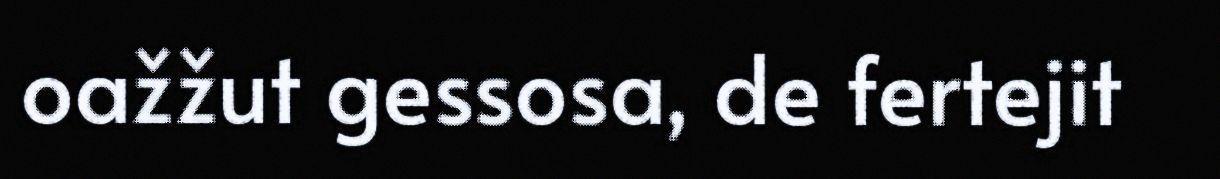
oažžut gessosa, de fertejit